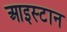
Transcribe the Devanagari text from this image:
आइस्टान